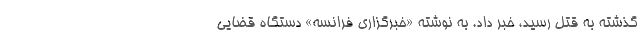
گذشته به قتل رسید، خبر داد. به نوشته «خبرگزاری فرانسه» دستگاه قضایی